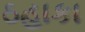
ઠહાકા